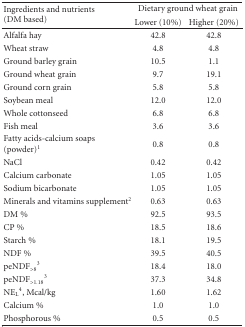
| <ROWSPAN=2> Ingredients and nutrients (DM based) | <COLSPAN=2> Dietary ground wheat grain |
 | Lower (10%) | Higher (20%) |
 | --- | --- | --- |
 | Alfalfa hay | 42.8 | 42.8 |
 | Wheat straw | 4.8 | 4.8 |
 | Ground barley grain | 10.5 | 1.1 |
 | Ground wheat grain | 9.7 | 19.1 |
 | Ground corn grain | 5.8 | 5.8 |
 | Soybean meal | 12.0 | 12.0 |
 | Whole cottonseed | 6.8 | 6.8 |
 | Fish meal | 3.6 | 3.6 |
 | Fatty acids-calcium soaps (powder)1 | 0.8 | 0.8 |
 | NaCl | 0.42 | 0.42 |
 | Calcium carbonate | 1.05 | 1.05 |
 | Sodium bicarbonate | 1.05 | 1.05 |
 | Minerals and vitamins supplement2 | 0.63 | 0.63 |
 | DM % | 92.5 | 93.5 |
 | CP % | 18.5 | 18.6 |
 | Starch % | 18.1 | 19.5 |
 | NDF % | 39.5 | 40.5 |
 | peNDF>83 | 18.4 | 18.0 |
 | peNDF>1.183 | 37.3 | 34.8 |
 | NEL4, Mcal/kg | 1.60 | 1.62 |
 | Calcium % | 1.0 | 1.0 |
 | Phosphorous % | 0.5 | 0.5 |